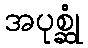
အပုစ္ဆုံ